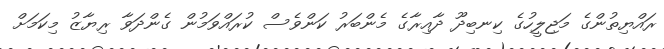
ރައްޔިތުންގެ މަޖިލީހުގެ ކިނބިދޫ ދާއިރާގެ މެންބަރު ކަންވެސް ކުރައްވަމުން ގެންދަވާ ރިޔާޒު މިކަމަށް